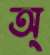
অ্